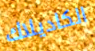
الكاديلاك